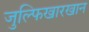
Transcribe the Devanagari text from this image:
जुल्फिखारखान